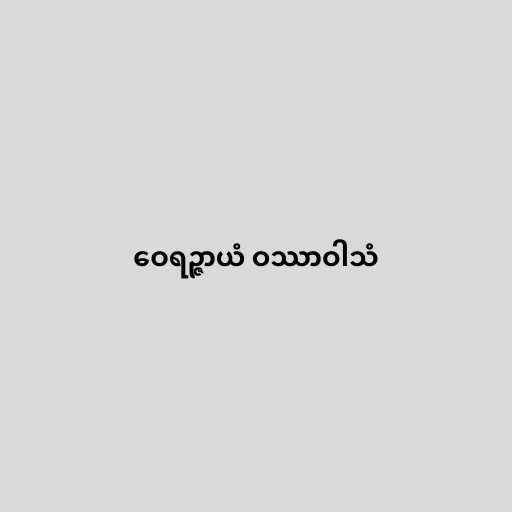
ဝေရဉ္ဇာယံ ဝဿာဝါသံ